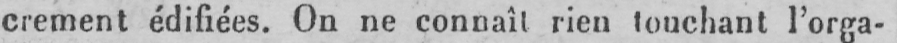
crement édifiées. On ne connaît rien touchant l’orga-